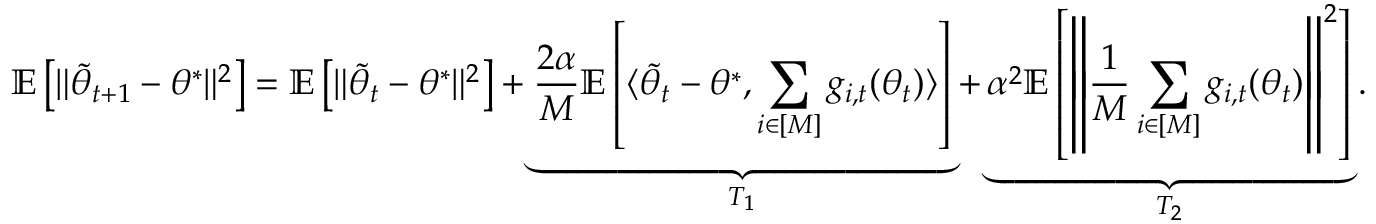
\mathbb { E } \left[ \Vert \tilde { \theta } _ { t + 1 } - \theta ^ { * } \Vert ^ { 2 } \right] = \mathbb { E } \left[ \Vert \tilde { \theta } _ { t } - \theta ^ { * } \Vert ^ { 2 } \right] + \underbrace { \frac { 2 \alpha } { M } \mathbb { E } \left[ \langle \tilde { \theta } _ { t } - \theta ^ { * } , \sum _ { i \in [ M ] } g _ { i , t } ( \theta _ { t } ) \rangle \right] } _ { T _ { 1 } } + \underbrace { \alpha ^ { 2 } \mathbb { E } \left[ \left\Vert \frac { 1 } { M } \sum _ { i \in [ M ] } g _ { i , t } ( \theta _ { t } ) \right\Vert ^ { 2 } \right] } _ { T _ { 2 } } .